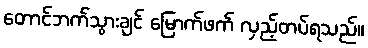
တောင်ဘက်သွားချင် မြောက်ဖက် လှည့်တပ်ရသည်။